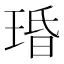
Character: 琘